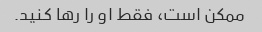
ممکن است، فقط او را رها کنید.